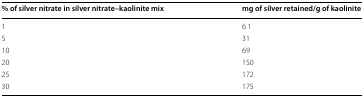
<table><thead><tr><td><b>% of silver nitrate in silver nitrate–kaolinite mix</b></td><td><b>mg of silver retained/g of kaolinite</b></td></tr></thead><tbody><tr><td>1</td><td>6.1</td></tr><tr><td>5</td><td>31</td></tr><tr><td>10</td><td>69</td></tr><tr><td>20</td><td>150</td></tr><tr><td>25</td><td>172</td></tr><tr><td>30</td><td>175</td></tr></tbody></table>